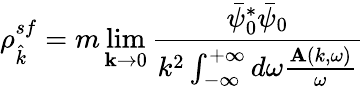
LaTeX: \rho_{\hat{k}}^{sf}=m\operatorname*{lim}_{\mathbf{k}\rightarrow 0}\frac{\bar{\psi}_{0}^{*}\bar{\psi}_{0}}{k^{2}\int_{-\infty}^{+\infty}d\omega\frac{\mathbf{A}(k,\omega)}{\omega}}